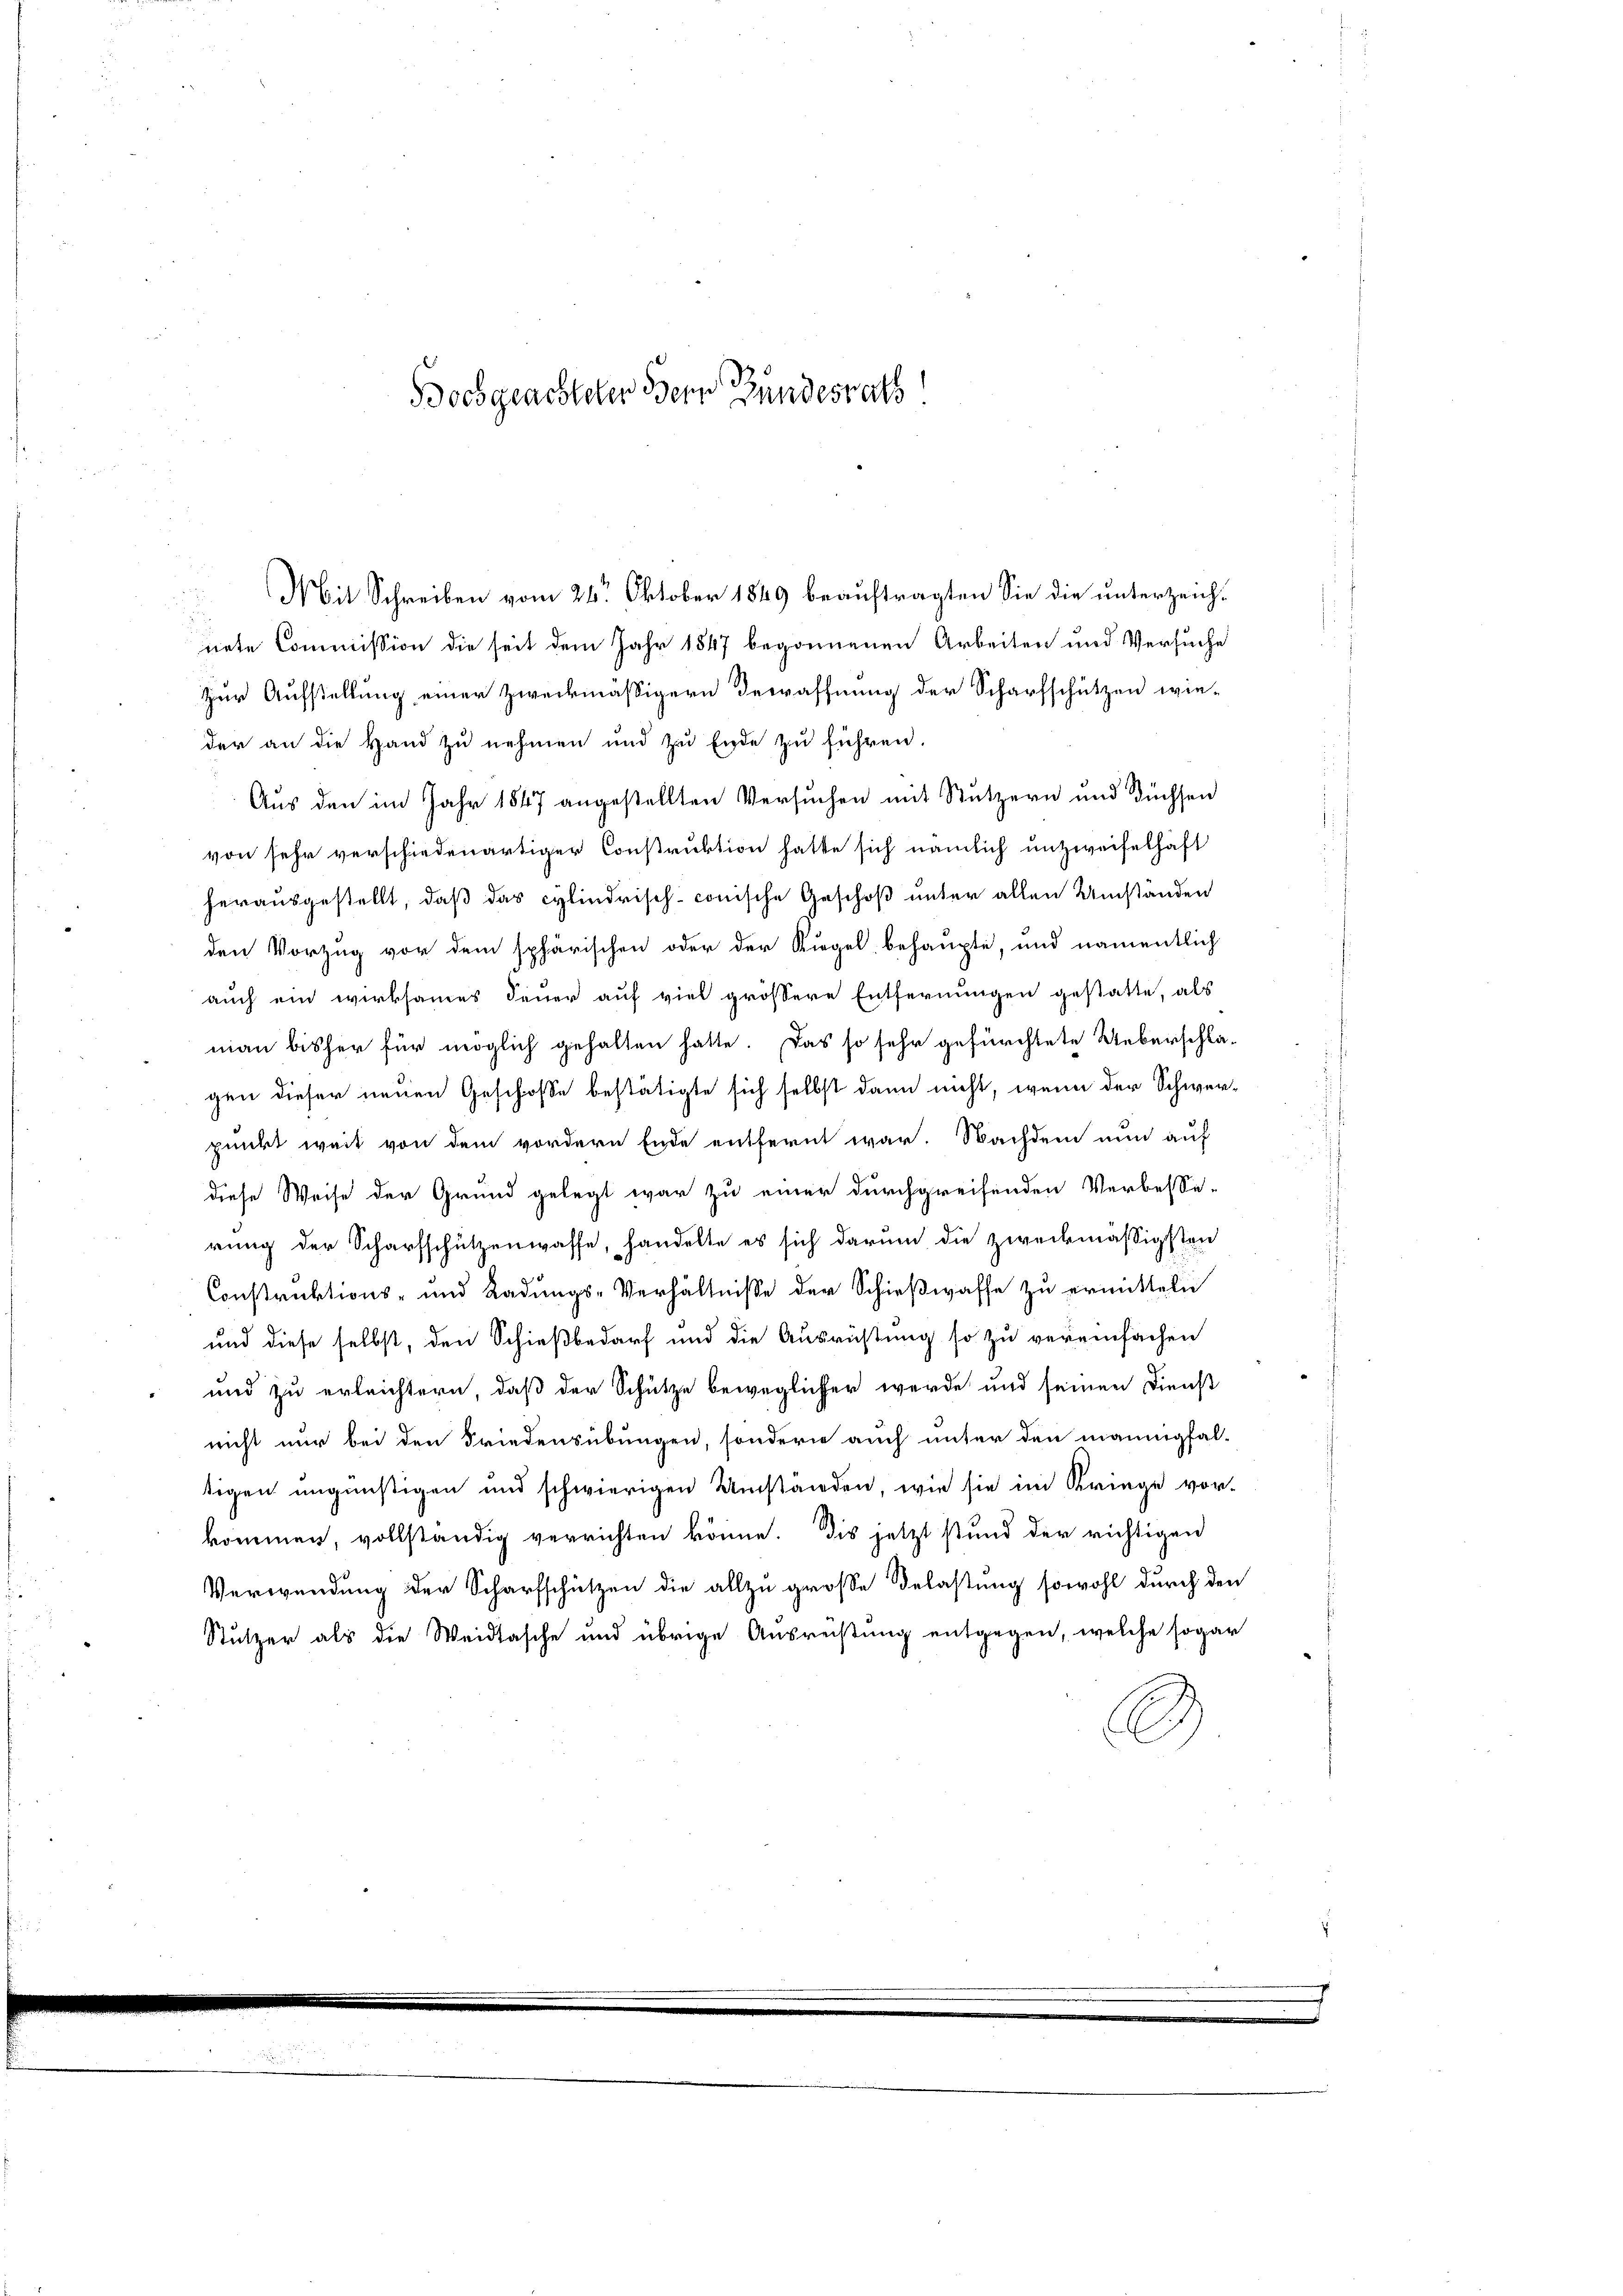
Bochgeachteter Bern Bundesrath

nete Commission die seit dem Jahr 1847 begonnenen Arbeiten und Versuche
Zur Aufstellung einer zweckmäßigern Bewaffnung der Scharfschützen wie-
der an die Hand zu nehmen und zu Ende zu führen.
Aus den im Jahr 1847 angestellten Versuchen mit Stutzern und Füchsen
von sehr verschiedenartiger Construktion hatte sich nämlich unzweifelhaft
herausgestellt, daß das cylindrisch-conische Geschoß unter allen Umständen
den Vorzug vor dem sphärischen oder der Kiegel behaupte, und namentlich
auch ein wirksames Feuer auf viel grössere Entfernungen gestatte, als
man bisher für möglich gehalten hatte. Das so sehr gefürchtete Ueberschlagen dieser neuen Geschose bestätigte sich selbst dann nicht, wenn der Schwer-
punkt weit von dem vordern Ende entfernt war. Nachdem nun auf
diese Weise der Grund gelegt war zu einer durchgreifenden Verbesse-
rung der Scharfschützenwasse, handelte es sich darum die zweckmässigsten
Construktions- und Ladungs-Verhältnisse der Schießwasse zu ermitteln
und diese selbst, den Schießbedarf und die Ausrichtung so zu vereinfachen
und zu erleichtern, daß der Schütze beweglicher werde und seinen Dienst
nicht nur bei den Friedensübungen, sondern auch unter den mannigfal-
tigen ungünstigen und schwierigen Umstanden, wie sie im Kriege vor-
kommen, vollständig verrichten könne. Die jetzt stund der richtigen
Verwendung der Scharfschützen die allzu große Belastung sowohl durch den
Stutzer als die Weidtasche und übrige Ausreistung entgegen, welche sogar
S

Mit Schreiben vom 24. Oktober 1849 beauftragten Sie die unterzeich¬